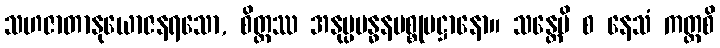
သဟဇာတာနုယောဇနရသော, စိတ္တဿ အနုပ္ပဗန္ဓနပစ္စုပဋ္ဌာနော။ သန္တေပိ စ နေသံ ကတ္ထစိ